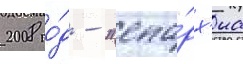
2008 го́д - "епа́рх'иа